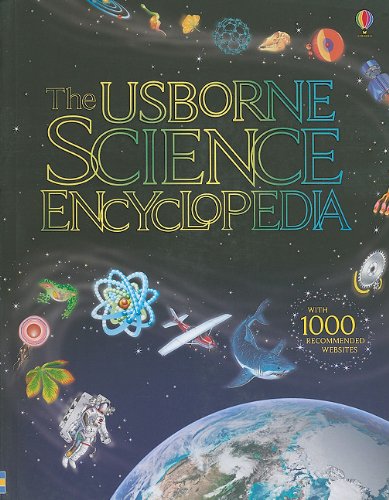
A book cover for The Usborne Science Encyclopedia; Kirsteen Rogers; Reference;